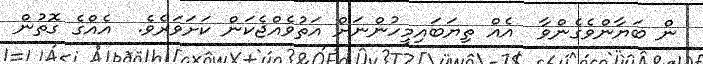
ން ބަޔާންވެގެންވާ  އެއް ތިޔަބައިމީހުންނަށް އަތުވެއްޖެކަން ކަށަވަރެވެ.  އެއްގެ ގޮތުން